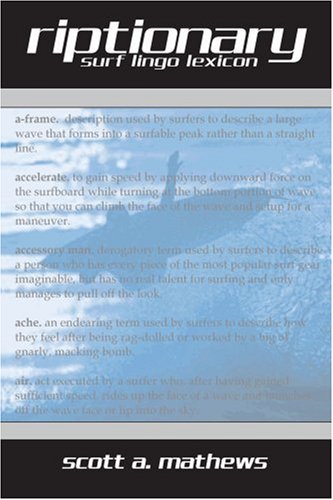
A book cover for Riptionary: Surf Lingo Lexicon; Scott A Mathews; Teen & Young Adult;